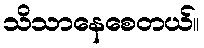
သိသာနေစေတယ်။